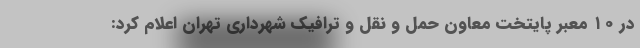
در ۱۰ معبر پایتخت معاون حمل و نقل و ترافیک شهرداری تهران اعلام کرد: